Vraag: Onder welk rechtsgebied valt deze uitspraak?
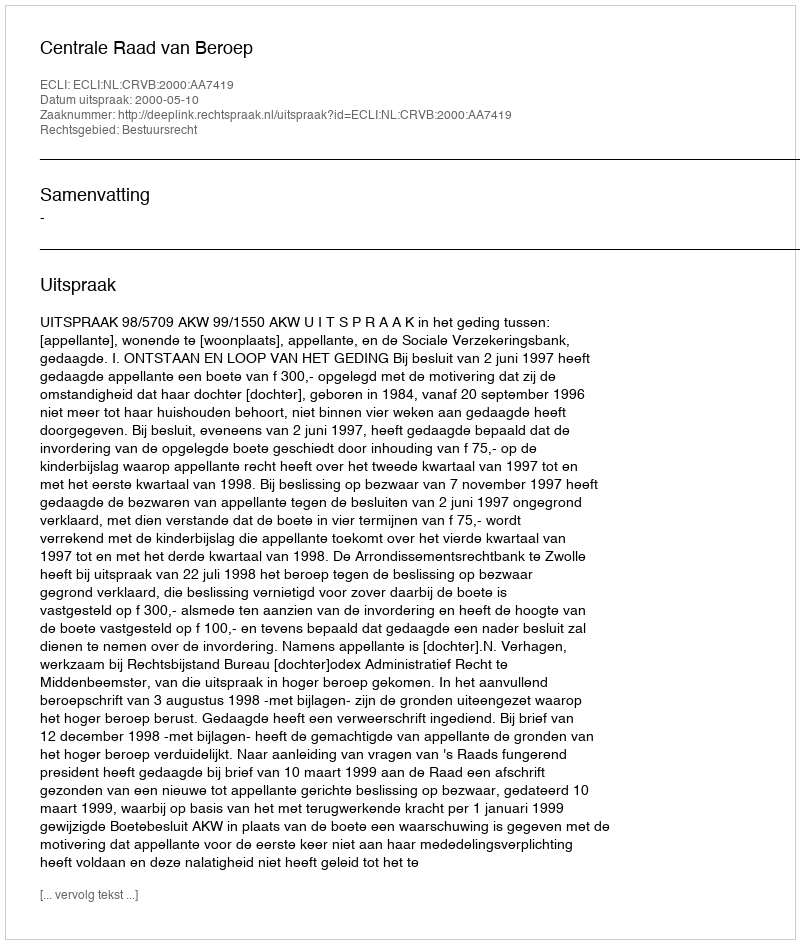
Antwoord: Bestuursrecht